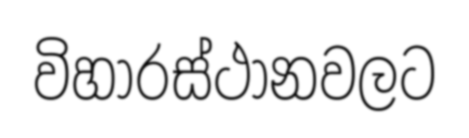
විහාරස්ථානවලට